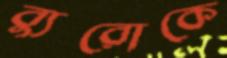
ব্যুরোকে